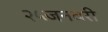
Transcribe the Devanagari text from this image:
२५जनवरी